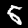
Digit: 5